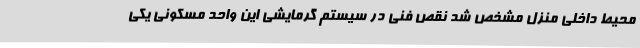
محیط داخلی منزل مشخص شد نقص فنی در سیستم گرمایشی این واحد مسکونی یکی